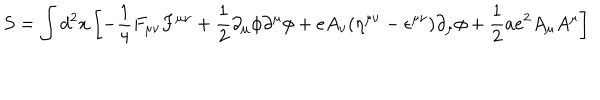
S = \int d ^ { 2 } x \left[ - { \frac { 1 } { 4 } } F _ { \mu \nu } F ^ { \mu \nu } + { \frac { 1 } { 2 } } \partial _ { \mu } \phi \partial ^ { \mu } \phi + e A _ { \nu } ( \eta ^ { \mu \nu } - \epsilon ^ { \mu \nu } ) \partial _ { \mu } \phi + { \frac { 1 } { 2 } } a e ^ { 2 } A _ { \mu } A ^ { \mu } \right]